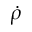
\dot { \rho }